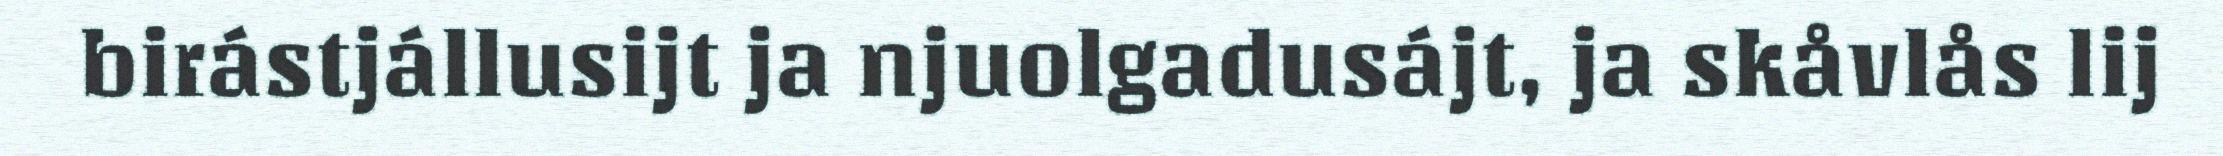
birástjállusijt ja njuolgadusájt, ja skåvlås lij